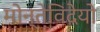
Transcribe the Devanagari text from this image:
मोन्तेविदेयो